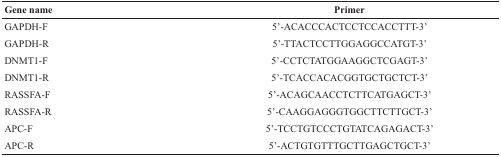
<table><thead><tr><td><b>Gene name</b></td><td><b>Primer</b></td></tr></thead><tbody><tr><td>GAPDH-F</td><td>5’-ACACCCACTCCTCCACCTTT-3’</td></tr><tr><td>GAPDH-R</td><td>5’-TTACTCCTTGGAGGCCATGT-3’</td></tr><tr><td>DNMT1-F</td><td>5’-CCTCTATGGAAGGCTCGAGT-3’</td></tr><tr><td>DNMT1-R</td><td>5’-TCACCACACGGTGCTGCTCT-3’</td></tr><tr><td>RASSFA-F</td><td>5’-ACAGCAACCTCTTCATGAGCT-3’</td></tr><tr><td>RASSFA-R</td><td>5’-CAAGGAGGGTGGCTTCTTGCT-3’</td></tr><tr><td>APC-F</td><td>5’-TCCTGTCCCTGTATCAGAGACT-3’</td></tr><tr><td>APC-R</td><td>5’-ACTGTGTTTGCTTGAGCTGCT-3’</td></tr></tbody></table>